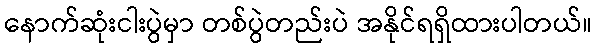
နောက်ဆုံးငါးပွဲမှာ တစ်ပွဲတည်းပဲ အနိုင်ရရှိထားပါတယ်။